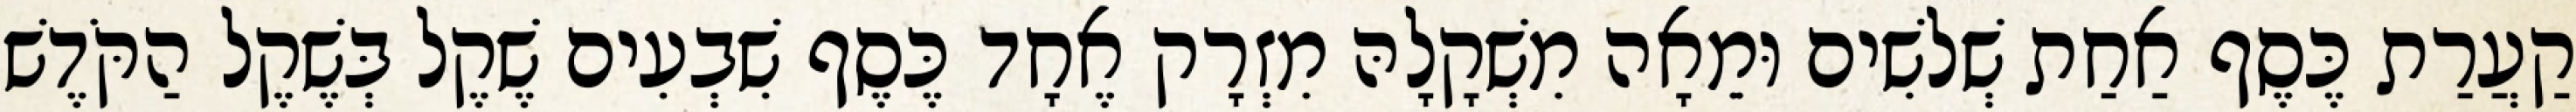
קַעֲרַת כֶּסֶף אַחַת שְׁלשִׁים וּמֵאָה מִשְׁקָלָהּ מִזְרָק אֶחָד כֶּסֶף שִׁבְעִים שֶׁקֶל בְּשֶׁקֶל הַקֹּדֶשׁ